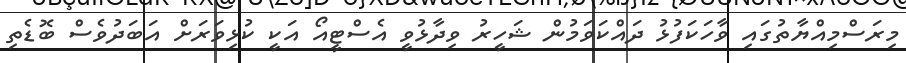
މިރަސްމިއްޔާތުގައި ވާހަކަފުޅު ދައްކަވަމުން ޝަހީރު ވިދާޅުވީ އެސްޓީއޯ އަކީ ކުޅިވަރަށް އަބަދުވެސް ބޮޑެތި